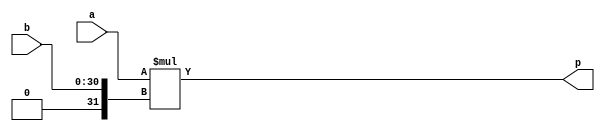
module hls_xfft2real_mul_32s_31ns_62_1_1_Multiplier_3(a, b, p);
input[32 - 1 : 0] a; 
input[31 - 1 : 0] b; 
output[62 - 1 : 0] p;

assign p = $signed(a) * $signed({1'b0, b});
endmodule